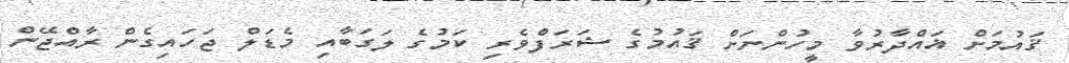
ޤައުމަށް ޣައްދާރުވާ މީހުންނަށް ޤައުމުގެ ޝަރަފްވެރި ކަމުގެ ލަގަބާއި މެޑަލް ޖަހައިގެން ރާއްޖޭން